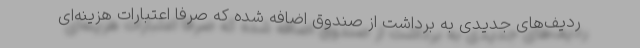
ردیف‌های جدیدی به برداشت از صندوق اضافه شده كه صرفا اعتبارات هزینه‌ای